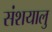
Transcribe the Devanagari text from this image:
संशयालु